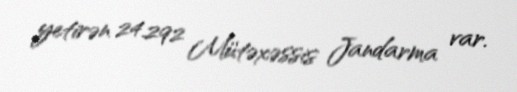
yetirən 24.292 Mütəxəssis Jandarma var.